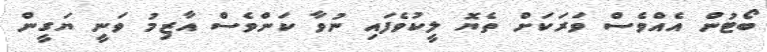
ބޯޓުން އެއްވެސް ވަރަކަށް ތެޔޮ ލީކުވެފައި ނުވާ ކަންވެސް އާޒިމު ވަނީ ޔަގީން